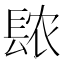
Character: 𫔖